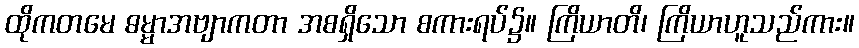
ထိုကတမေ ဓမ္မာအဗျာကတာ အစရှိသော စကားရပ်၌။ ကြိယာတိ၊ ကြိယာဟူသည်ကား။